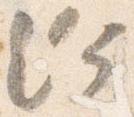
給